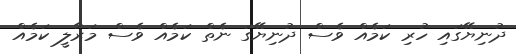
ދުނިޔޭގައި ހުރި ކަމެއް ވެސް ދުނިޔޭގަ ނެތް ކަމެއް ވެސް މަރާލީ ކަމެއް